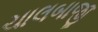
ચાલબાજી